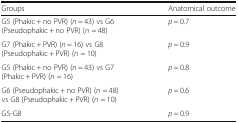
| Groups | Anatomical outcome |
 | --- | --- |
 | G5 (Phakic + no PVR) (n = 43) vs G6 (Pseudophakic + no PVR) (n = 48) | p = 0.7 |
 | G7 (Phakic + PVR) (n = 16) vs G8 (Pseudophakic + PVR) (n = 10) | p = 0.9 |
 | G5 (Phakic + no PVR) (n = 43) vs G7 (Phakic + PVR) (n = 16) | p = 0.8 |
 | G6 (Pseudophakic + no PVR) (n = 48) vs G8 (Pseudophakic + PVR) (n = 10) | p = 0.6 |
 | G5-G8 | p = 0.9 |